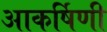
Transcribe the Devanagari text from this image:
आकर्षिणी